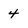
Character: 4